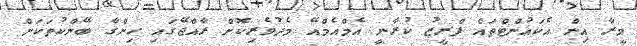
މީރާ އިން އެކައުންޓްތައް ފްރީޒު ކުރާނީ އެމްއެމްއޭ މެދުވެރިކޮށް ރާއްޖޭގައި ހިންގާ ބޭންކުތަކަށް